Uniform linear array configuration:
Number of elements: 64
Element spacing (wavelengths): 0.25
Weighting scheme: binomial
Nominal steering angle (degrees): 30
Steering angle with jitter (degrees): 29.161
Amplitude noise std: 0.05
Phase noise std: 0.05

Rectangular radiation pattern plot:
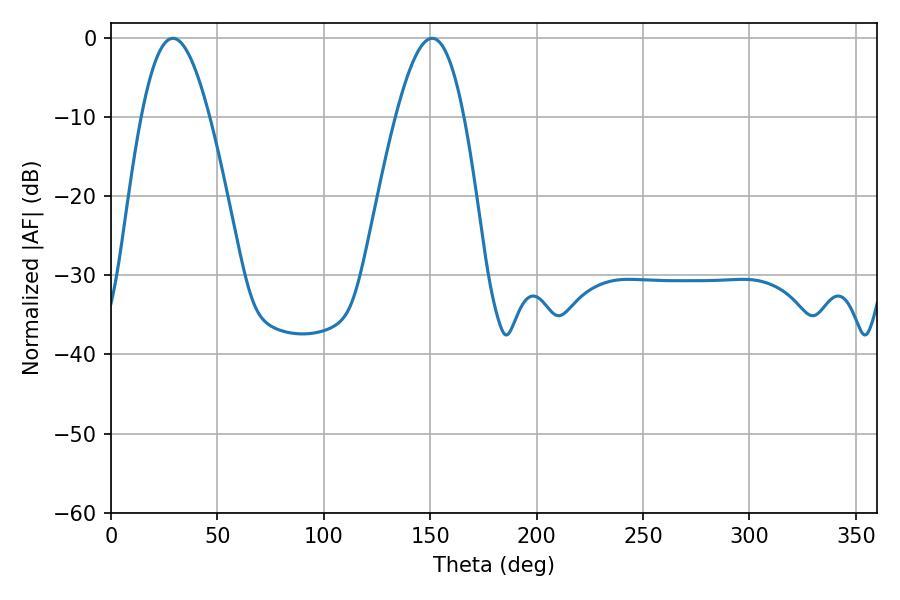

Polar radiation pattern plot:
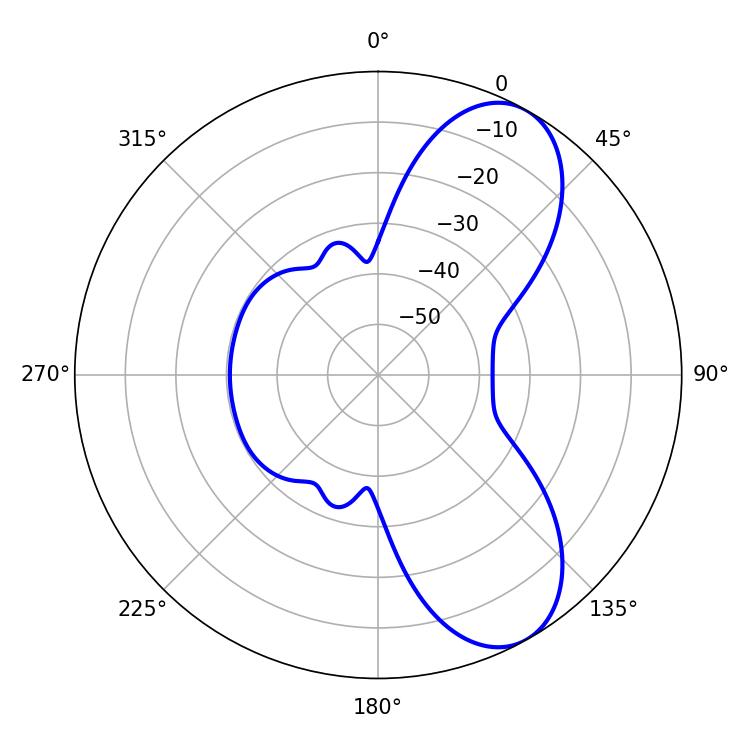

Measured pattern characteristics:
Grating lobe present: FALSE
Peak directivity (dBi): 7.931
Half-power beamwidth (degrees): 17.28
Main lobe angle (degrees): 29.16